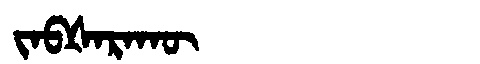
Manchu: ᠵᠠᠪᡧᠠᡵᠠᡴᡡ
Romanization: JABŠARAKŪ